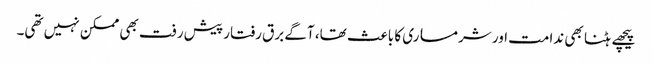
پیچھے ہٹنا بھی ندامت اور شرمساری کا باعث تھا، آگے برق رفتار پیش رفت بھی ممکن نہیں تھی۔